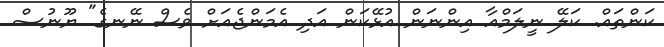
ކަންތައް. ކަލޭ ނީލަމްއާ އިންނަން އުޅޭކަން އަދި އެމަންޖެއަށް ވެސް ނޭނގެ" ޔޫނުސް